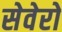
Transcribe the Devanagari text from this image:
सेवेरो